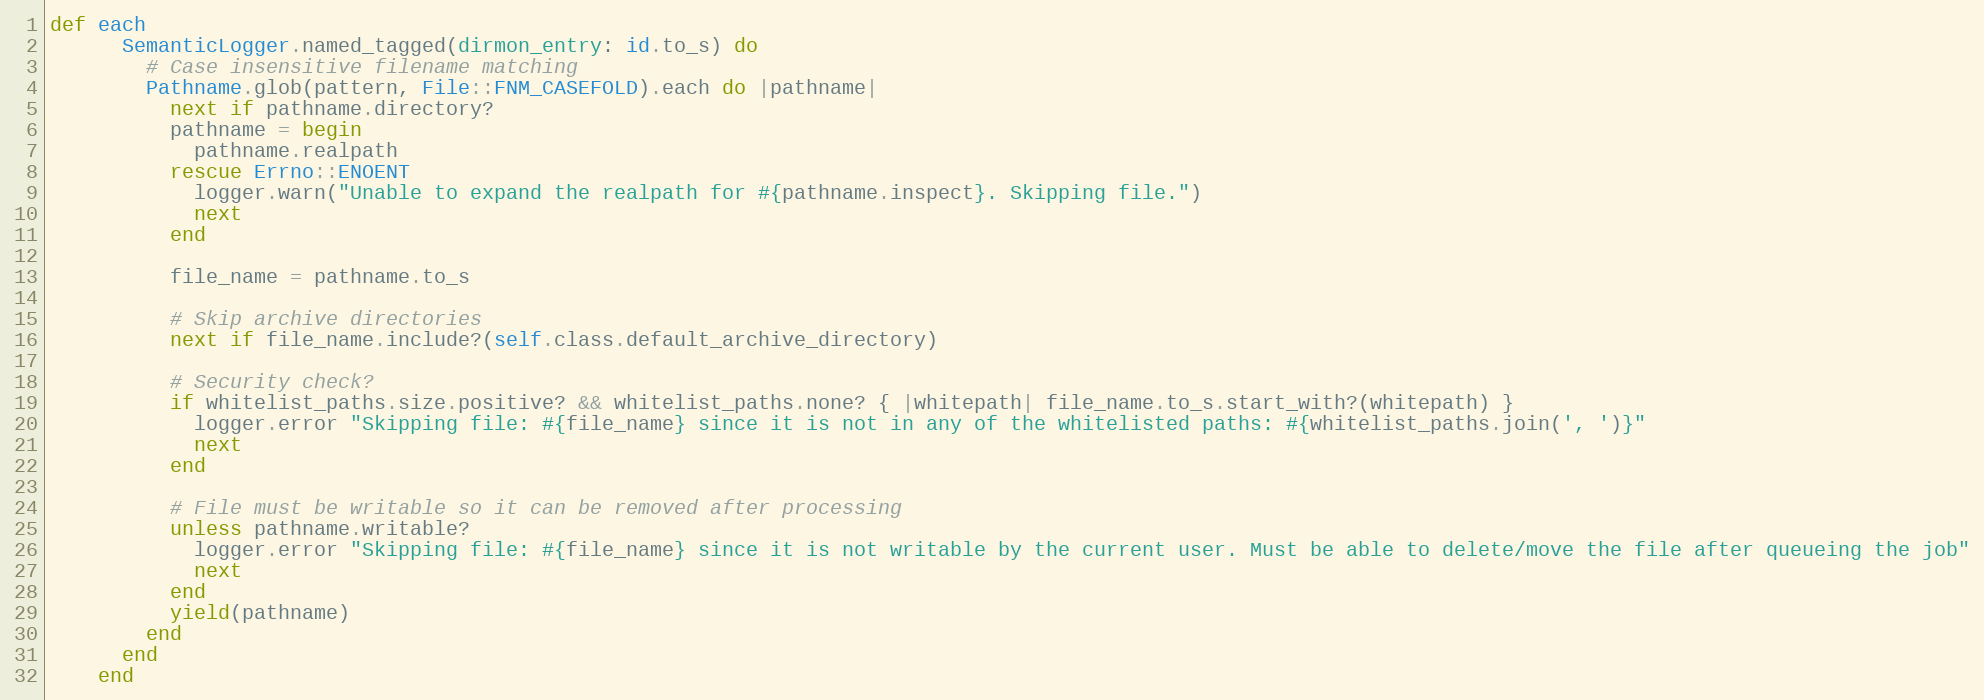
Language: Ruby
def each
      SemanticLogger.named_tagged(dirmon_entry: id.to_s) do
        # Case insensitive filename matching
        Pathname.glob(pattern, File::FNM_CASEFOLD).each do |pathname|
          next if pathname.directory?
          pathname = begin
            pathname.realpath
          rescue Errno::ENOENT
            logger.warn("Unable to expand the realpath for #{pathname.inspect}. Skipping file.")
            next
          end

          file_name = pathname.to_s

          # Skip archive directories
          next if file_name.include?(self.class.default_archive_directory)

          # Security check?
          if whitelist_paths.size.positive? && whitelist_paths.none? { |whitepath| file_name.to_s.start_with?(whitepath) }
            logger.error "Skipping file: #{file_name} since it is not in any of the whitelisted paths: #{whitelist_paths.join(', ')}"
            next
          end

          # File must be writable so it can be removed after processing
          unless pathname.writable?
            logger.error "Skipping file: #{file_name} since it is not writable by the current user. Must be able to delete/move the file after queueing the job"
            next
          end
          yield(pathname)
        end
      end
    end